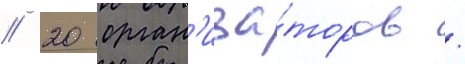
/ 20 орган'иза́торов /